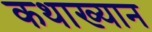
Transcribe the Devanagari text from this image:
कथाख्यान